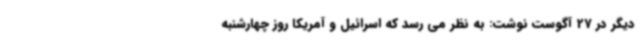
دیگر در 27 آگوست نوشت: به نظر می رسد که اسرائیل و آمریکا روز چهارشنبه